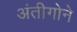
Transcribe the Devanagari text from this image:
अंतीगोने